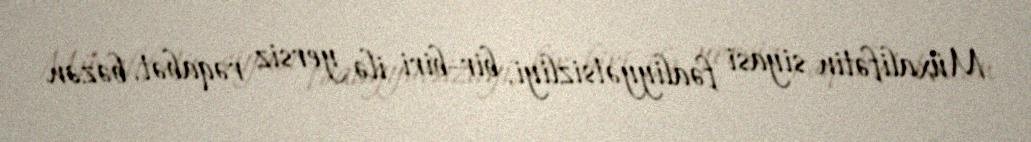
Müxalifətin siyasi fəaliyyətsizliyi, bir-biri ilə yersiz rəqabət, bəzən